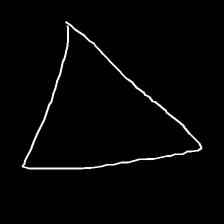
Glyph: convergence